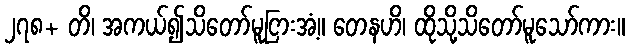
၂၇၈+ တိ၊ အကယ်၍သိတော်မူငြားအံ့။ တေနဟိ၊ ထိုသို့သိတော်မူသော်ကား။